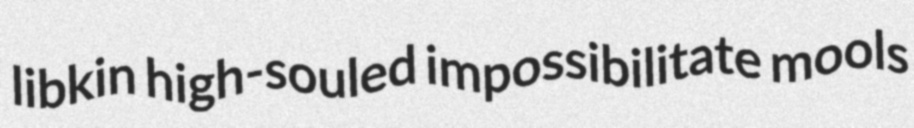
libkin high-souled impossibilitate mools